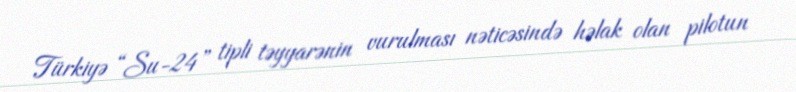
Türkiyə “Su-24” tipli təyyarənin vurulması nəticəsində həlak olan pilotun